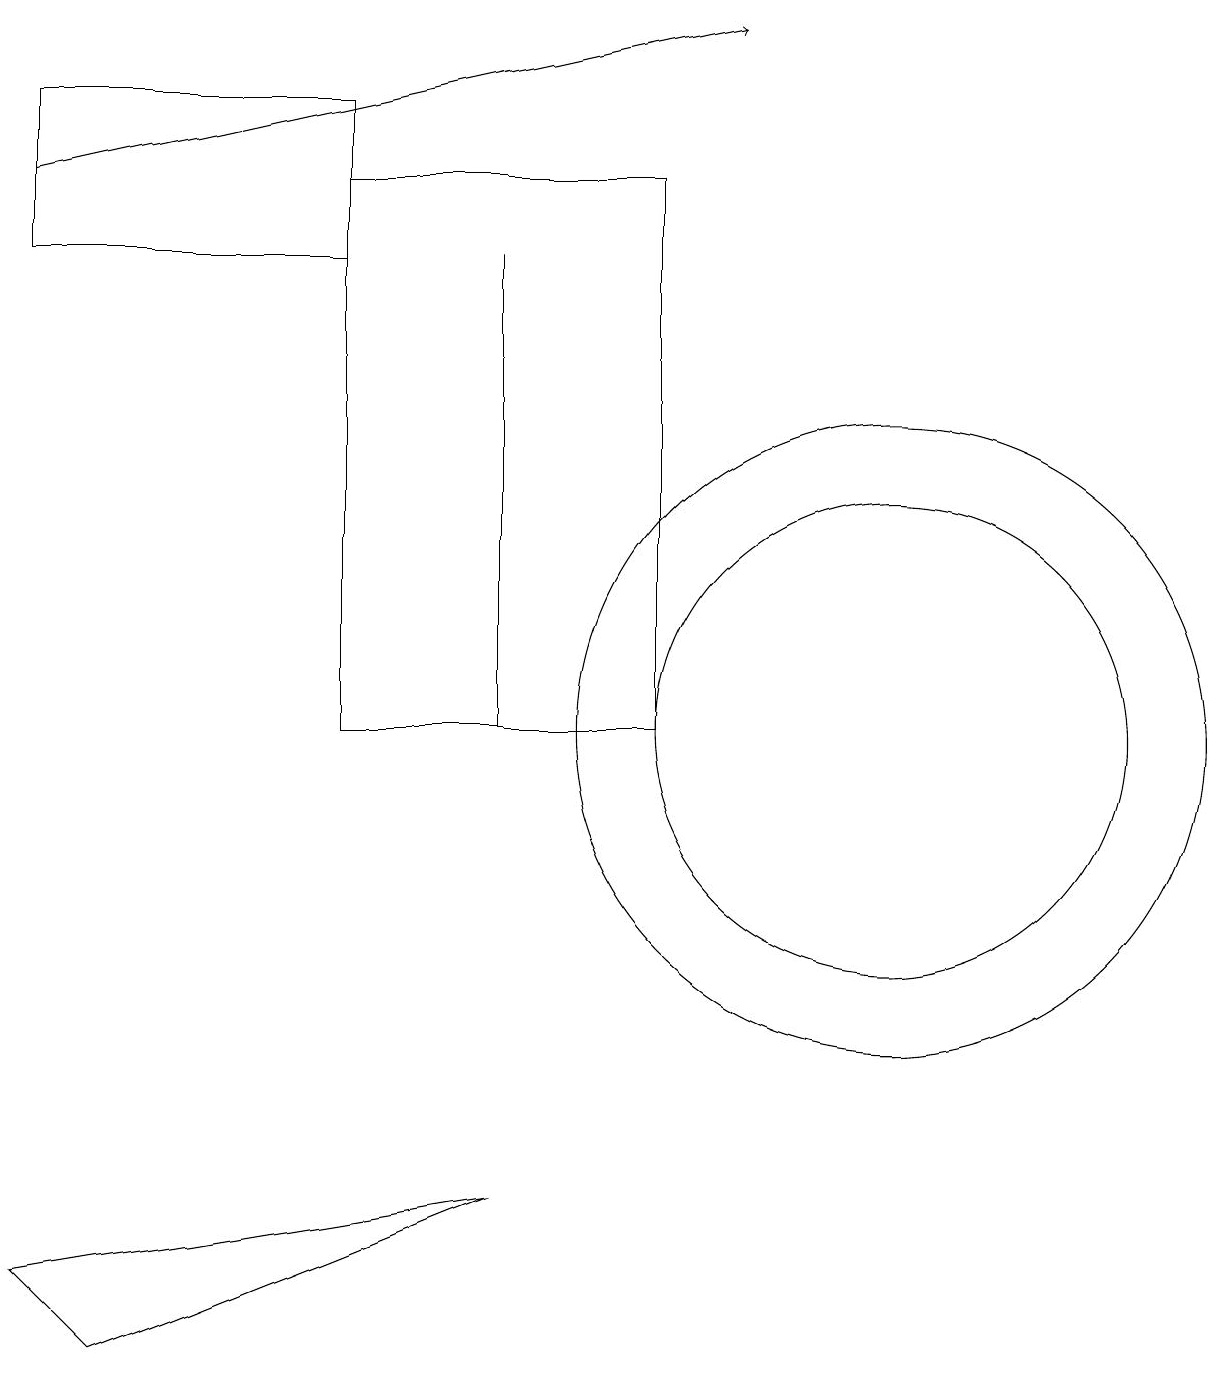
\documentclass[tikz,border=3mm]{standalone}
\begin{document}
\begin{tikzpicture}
\draw (6,4) -- (1,2) -- (0,3) -- cycle;
\draw (0,18) rectangle (4,16);
\draw[->] (0,17) -- (9,19);
\draw (6,10) rectangle (6,16);
\draw (10,11) circle (0);
\draw (11,10) circle (4);
\draw (11,10) circle (3);
\draw (4,10) rectangle (8,17);
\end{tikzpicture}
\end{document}